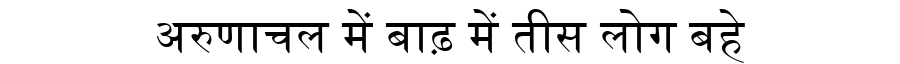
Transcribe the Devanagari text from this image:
अरुणाचल में बाढ़ में तीस लोग बहे